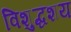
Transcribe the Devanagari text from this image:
विशुद्धशय